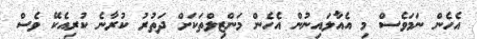
އެހެން ނަމަވެސް މި އެއާލައިނުން އެހެން މަންޒިލްތަކަށް ދަތުރު ކުރާނެ ކުރިއެކޭ ވެސް